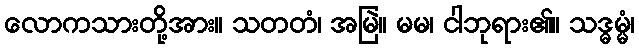
လောကသားတို့အား။ သတတံ၊ အမြဲ။ မမ၊ ငါဘုရား၏။ သဒ္ဓမ္မံ၊